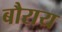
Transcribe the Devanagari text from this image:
बौराय